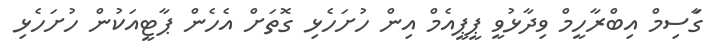
ގާަސިމް އިބްރާހީމް ވިދާޅުވީ ޕީޕީއެމް އިން ހުށަހެޅި ގޮތަށް އެހެން ޕާޓީއަކުން ހުށަހެޅި